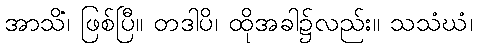
အာသိံ၊ ဖြစ်ပြီ။ တဒါပိ၊ ထိုအခါ၌လည်း။ သသံဃံ၊